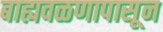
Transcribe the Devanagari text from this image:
बाह्यवळणापासून